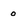
Character: o